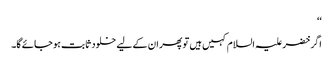
‘‘
اگر خضر علیہ السلام کہیں ہیں تو پھر ان کے لیے خلود ثابت ہو جائے گا۔